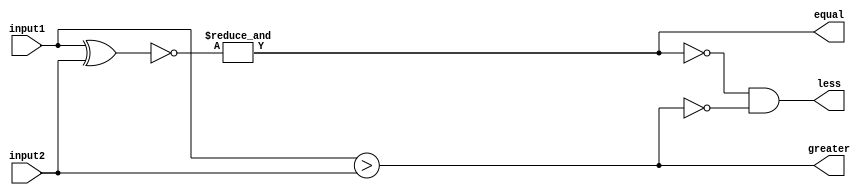
module comparator16bit (
    input [15:0] input1,
    input [15:0] input2,
    output equal,
    output greater,
    output less
);

wire [15:0] equal_check;
wire [15:0] greater_check;

assign equal_check = ~(input1 ^ input2);
assign greater_check = input1 > input2;

assign equal = &equal_check;
assign greater = |greater_check;
assign less = ~equal & ~greater;

endmodule